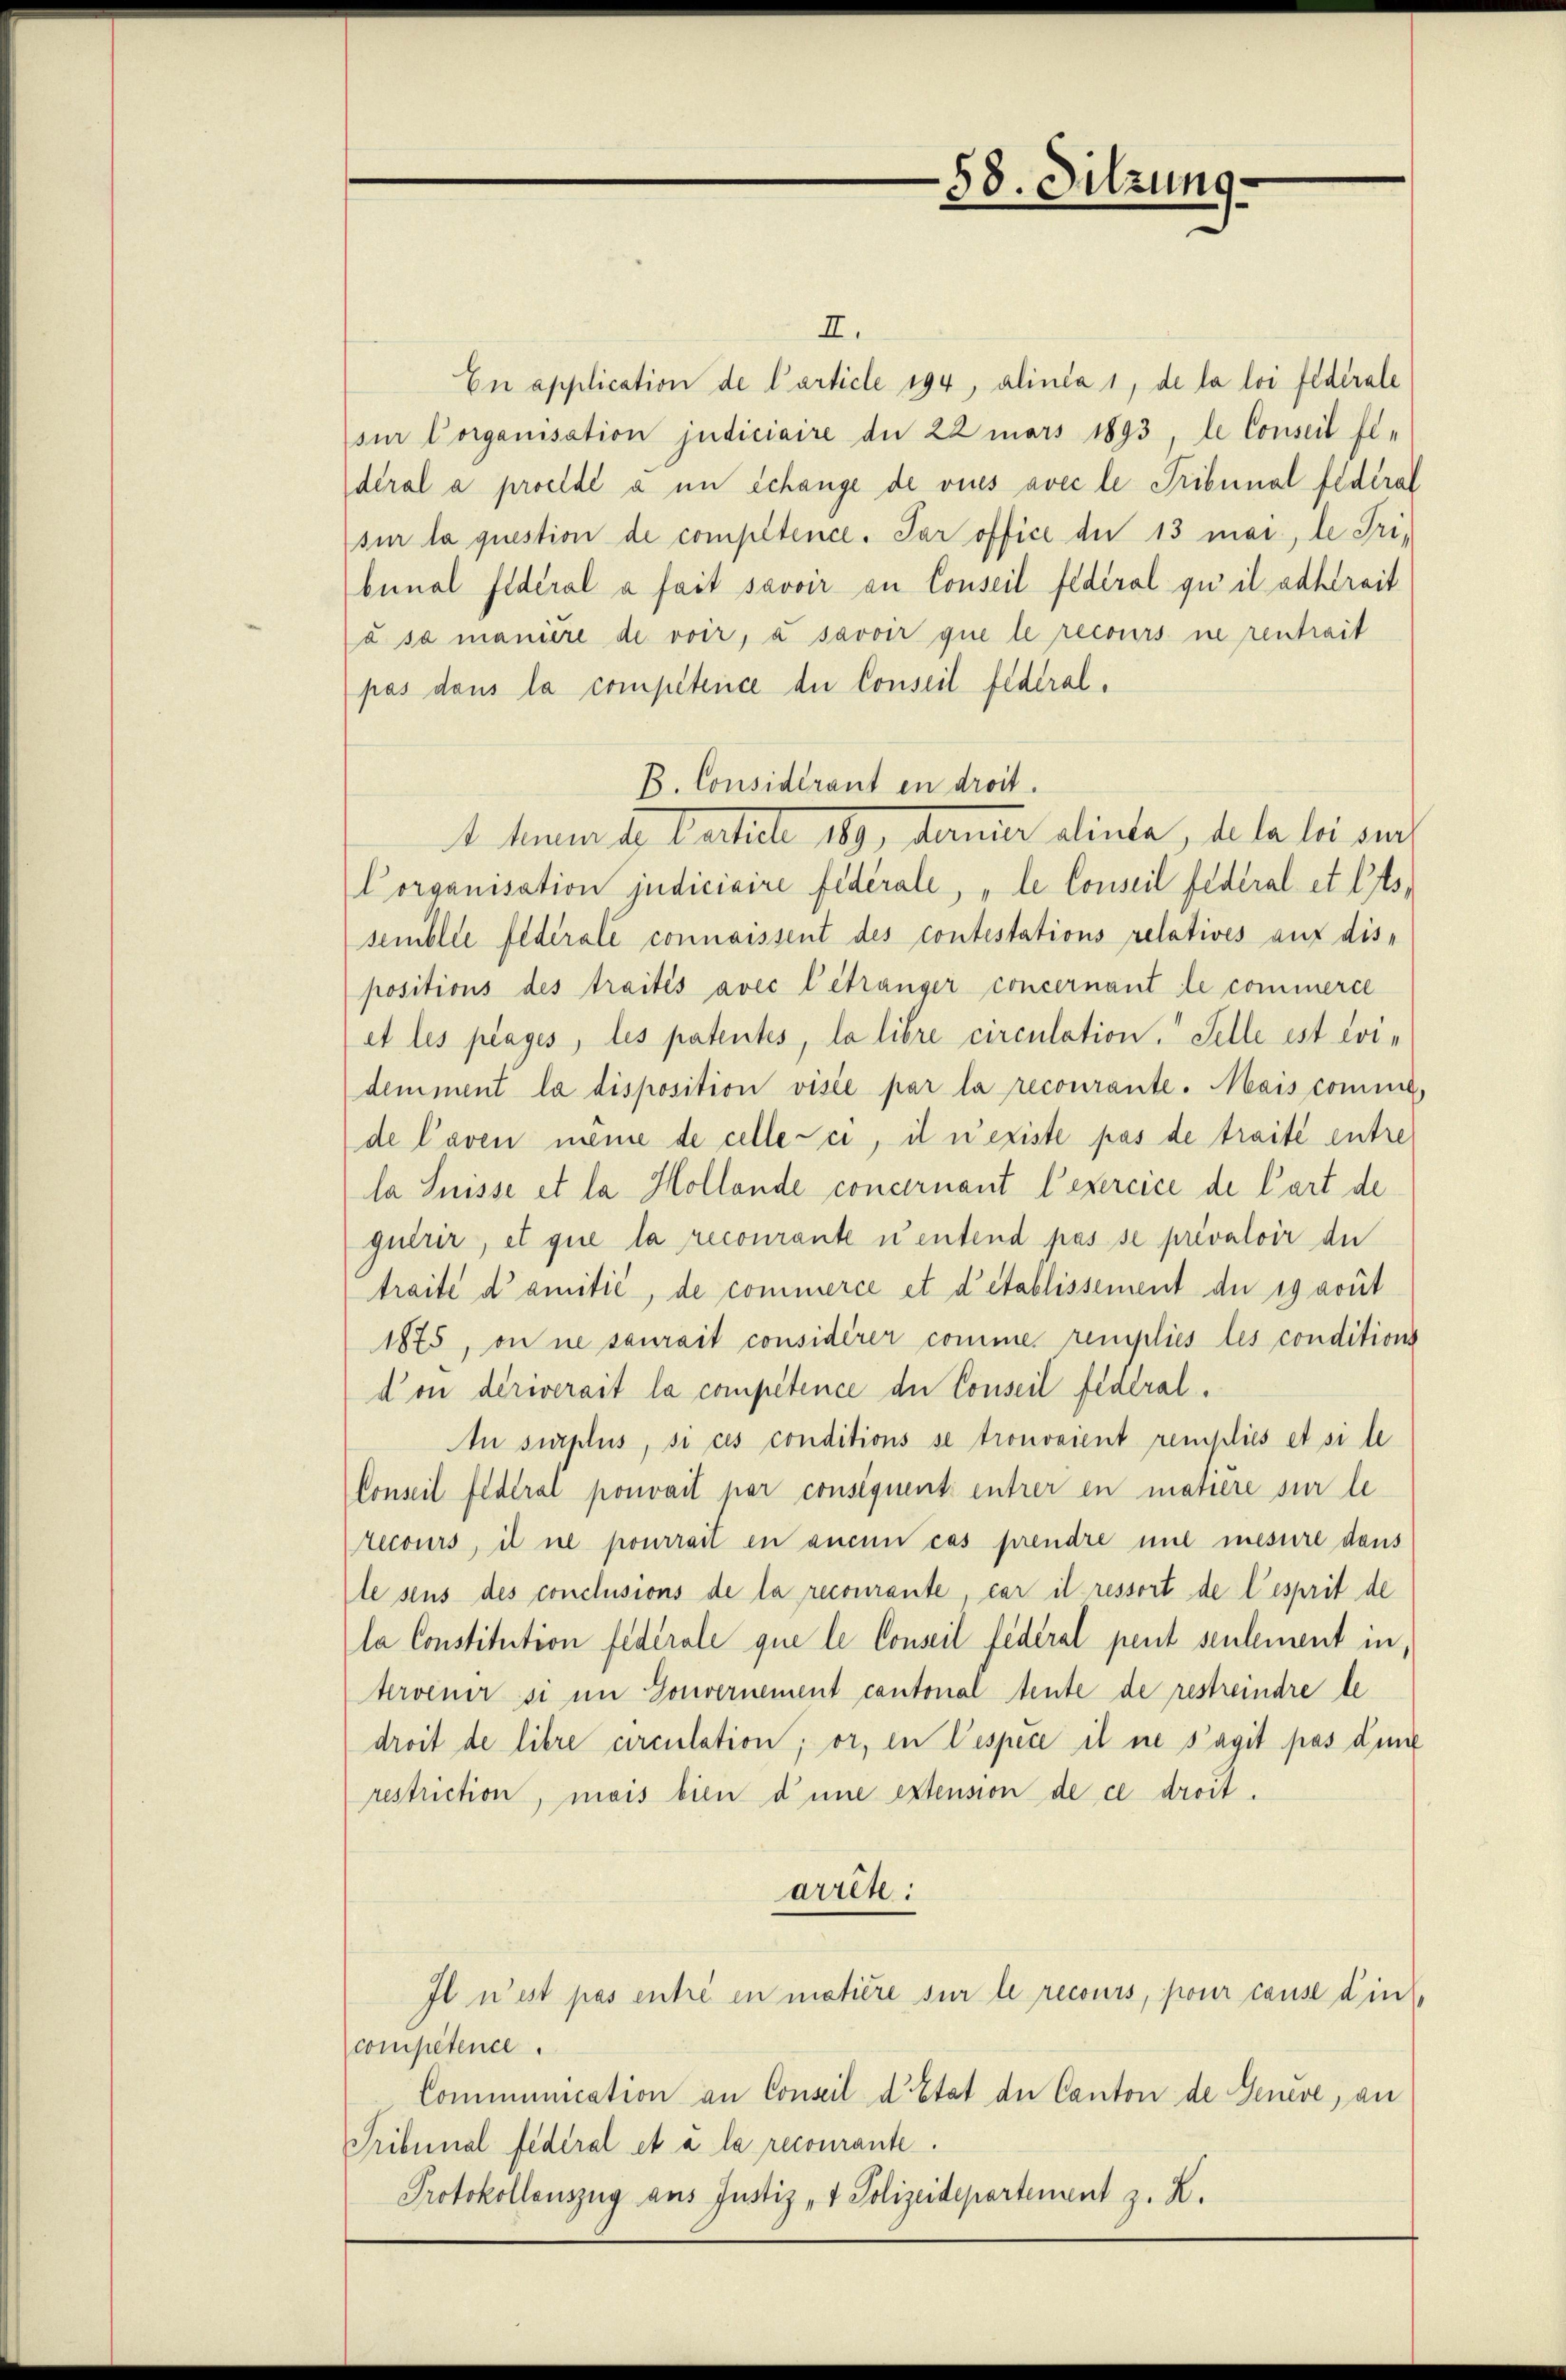
58. Sitzung.

II.
En application de Carticle 194, alinea 1, de la loi fédérale
sur Vorganisation judiciaire de 22 mars 1893, le Conseil fle
deral a proelde a im Schange de vues avec le Tribunal fédéral
sur la question de compétence. Par office der 13 mar, le Tribunal fidéral a fait savoir an Conseil fédéral qui il adkereit
à sa manière de voir, à savoir que le recours in rentrait
pas dans la competenice die Conseil federal¬
B. Considérant en droit.
4. Mauer da. Martiell 189, danne einte, da le bei den
Corganisation judiciaire fédérale, „le Conseil fédéral et ists,
semblée fédérale connaissent des contestations relatives auf dis-
positions des traités avec l’étranger concernant le commerce
et les plages, les patentes, la libre circulation. Selle ist eidemment la disposition visée par la recourante. Mais comme
de l’aven meine de celle-ci, il n’existe pas de traite entre
la Suisse et la Hollande concernant l’exercice de Cart de
quérir, et que la recourante u entend pas se prévaloir de
traite damitić, de commerce et d’établissement der ig avut
1875, on ne saurait considèrer comme remplies les conditions
don deriverait la compétence der Conseil federal¬
An surplus, si ces conditions se trouvaient remplies et si le
Conseil fédéral pouvait par conséquent entrer en matiere sur le
recours, il ne pourrait en aucun cas prendre mit mesure dans
le sens des conclusions de la recourante, car il ressort de l’esprit de
la Constitution fédérale que le Conseil fédéral peut seulement in
tervener si im Gouvernement cantonal tente de restreindre le
droit de libre circulation; or, in Wespice il ne s’agit pas dun
restriction, mais bien dene extension de ce droit.
arrête:
Il n’est pas entré en matière sur le recours, pour cause d’ins
compétence.
Communication an Conseil d’Etat der Canton de Genève, an
Tribunal federal et à la recourante.
Protokollauszug aus Justiz- & Polizeidepartement z. Z.